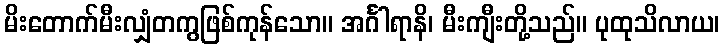
မိးတောက်မီးလျှံတကွဖြစ်ကုန်သော။ အင်္ဂါရာနိ၊ မီးကျီးတို့သည်။ ပုထုသိလာယ၊